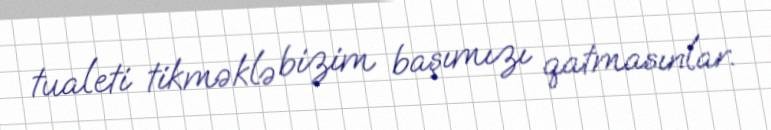
tualeti tikməklə bizim başımızı qatmasınlar.